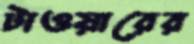
টাওয়ারের